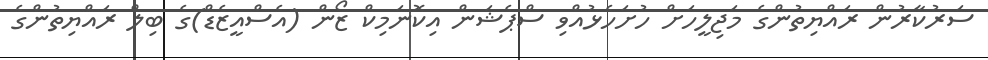
ސަރުކާރުން ރައްޔިތުންގެ މަޖިލީހަށް ހުށަހެޅުއްވި ސްޕެޝަން އިކޮނަމިކް ޒޯން (އެސްއީޒެޑް)ގެ ބިލް ރައްޔިތުންގެ